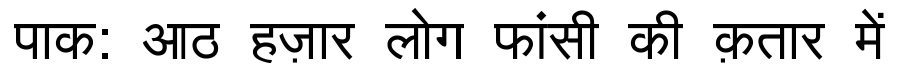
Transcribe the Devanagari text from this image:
पाक: आठ हज़ार लोग फांसी की क़तार में